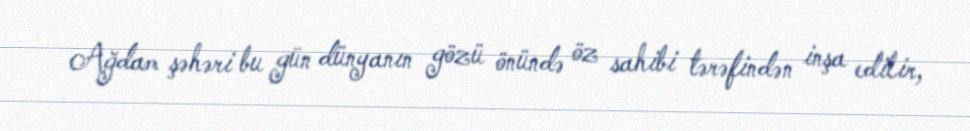
Ağdam şəhəri bu gün dünyanın gözü önündə öz sahibi tərəfindən inşa edilir,